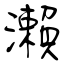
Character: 瀨